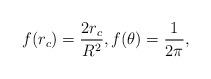
LaTeX: \begin{align*}f(r_c)=\frac{2r_c}{R^2},f({\theta})=\frac{1}{2\pi},\end{align*}